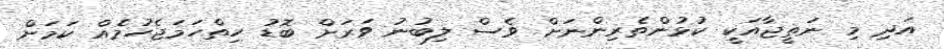
އަދި މި ނަތީޖާއަކީ ކުޅުންތެރިންނަށް ވެސް ލިބުނު ވަރަށް ބޮޑު ހިތްހަމަޖެހުމެއް ކަމަށް